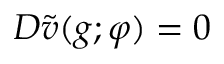
D \tilde { v } ( g ; \varphi ) = 0